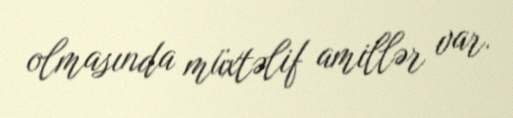
olmasında müxtəlif amillər var.